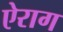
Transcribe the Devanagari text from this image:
ऐराग